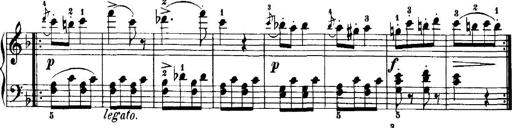
Title: 7 Sonatinas
Composer: Anton Diabelli